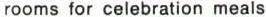
rooms for celebration meals